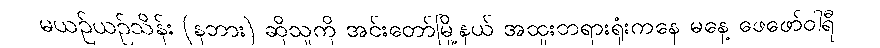
မယဥ်ယဥ်သိန်း (နဘား) ဆိုသူကို အင်းတော်မြို့နယ် အထူးတရားရုံးကနေ မနေ့ ဖေဖော်ဝါရီ